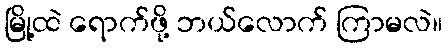
မြို့ထဲ ရောက်ဖို့ ဘယ်လောက် ကြာမလဲ။